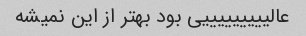
عالیییییییییی بود بهتر از این نمیشه